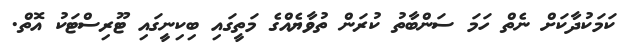
ކަމަކުދާކަށް ނެތް ހަމަ ސަންބާތު ކުރަން ތުވާޔެއްގެ މަތީގައި ބިކިނީގައި ޓޫރިސްޓަކު އޮތް.